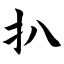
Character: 扒